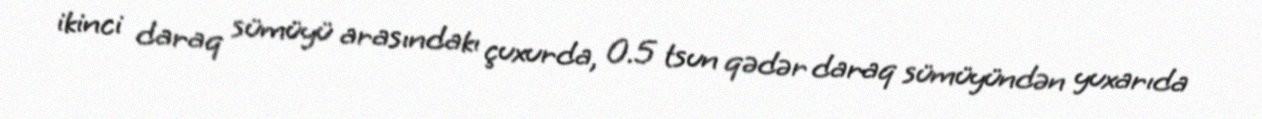
ikinci daraq sümüyü arasındakı çuxurda, 0.5 tsun qədər daraq sümüyündən yuxarıda